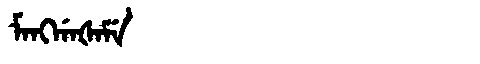
Manchu: ᠮᠠᠩᡤᠠᡧᠠᠮᡝ
Romanization: MANGGAŠAME